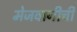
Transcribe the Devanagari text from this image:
मेजवानीची